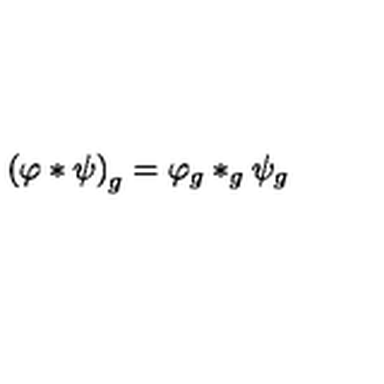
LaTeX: \left( \varphi * \psi \right) _ { g } = \varphi _ { g } * _ { g } \psi _ { g }